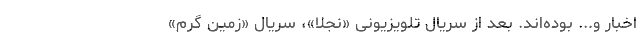
اخبار و... بوده‌اند. بعد از سریال تلویزیونی «نجلا»، سریال «زمین گرم»